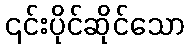
၎င်းပိုင်ဆိုင်သော